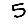
Digit: 5